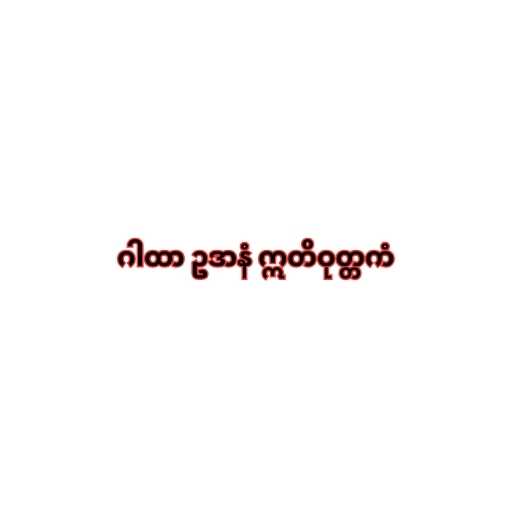
ဂါထာ ဥဒာနံ ဣတိဝုတ္တကံ